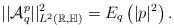
LaTeX: \begin{align*}||\mathcal{A}_q^p||^2_{L^2(\mathbb R,\mathbb{H})}=E_q\left(|p|^2\right).\end{align*}